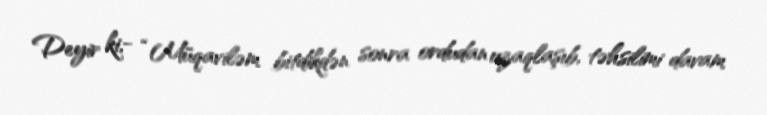
Deyir ki,- “Müqaviləm bitdikdən sonra ordudan uzaqlaşıb, təhsilimi davam